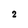
Character: 2